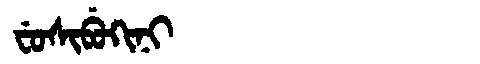
Manchu: ᠸᡠᠰᡳᠪᡠᡴᡳᠨᡳ
Romanization: FUSIBUKINI